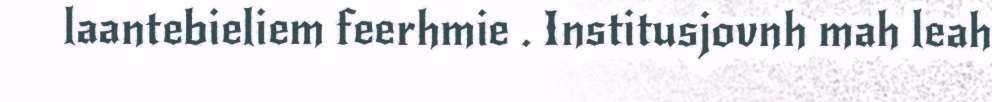
laantebieliem feerhmie . Institusjovnh mah leah